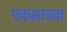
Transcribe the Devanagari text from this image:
एकमात्रक